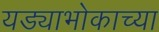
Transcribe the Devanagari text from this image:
यड्याभोकाच्या